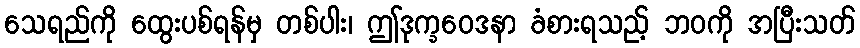
သေရည်ကို ထွေးပစ်ရန်မှ တစ်ပါး၊ ဤဒုက္ခဝေဒနာ ခံစားရသည့် ဘဝကို အပြီးသတ်